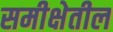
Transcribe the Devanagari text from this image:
समीक्षेतील